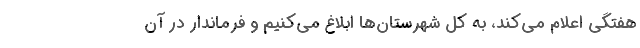
هفتگی اعلام می‌کند، به کل شهرستان‌ها ابلاغ می‌کنیم و فرماندار در آن